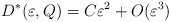
\begin{align*}D^*(\varepsilon, Q) = C \varepsilon^2 + O(\varepsilon^3)\end{align*}